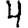
Digit: 4